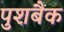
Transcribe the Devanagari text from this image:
पुशबैक